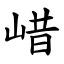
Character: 㟙